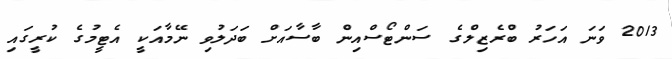
2013 ވަނަ އަހަރު ބްރެޒިލްގެ ސަންޓޯސްއިން ބާސާއަށް ބަދަލުވި ނޭމާއަކީ އެޓީމުގެ ކުރީގައި